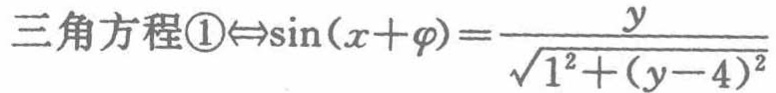
三角方程\textcircled{1}$\Leftrightarrow\sin(x + \varphi)=\frac{y}{\sqrt{1^{2}+(y - 4)^{2}}}$